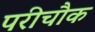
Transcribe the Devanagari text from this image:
परीचौक